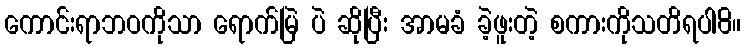
ကောင်းရာဘဝကိုသာ ရောက်မြဲ ပဲ ဆိုပြီး အာမခံ ခဲ့ဖူးတဲ့ စကားကိုသတိရပါ8။